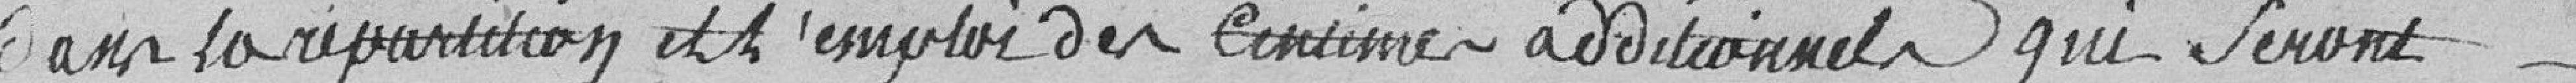
Dans la répartition et l'emploi des centimes additionnels qui seront